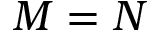
M = N